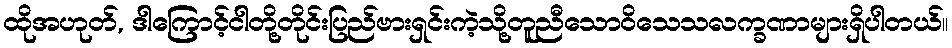
ထိုအဟုတ်, ဒါကြောင့်ငါတို့တိုင်းပြည်ဗားရှင်းကဲ့သို့တူညီသောဝိသေသလက္ခဏာများရှိပါတယ်။